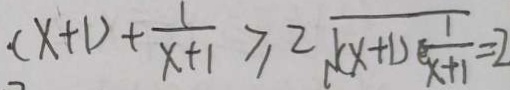
( x + 1 ) + \frac { 1 } { x + 1 } \geq 2 \sqrt { ( x + 1 ) ( \frac { 1 } { x + 1 } ) } = 2